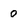
Character: 0